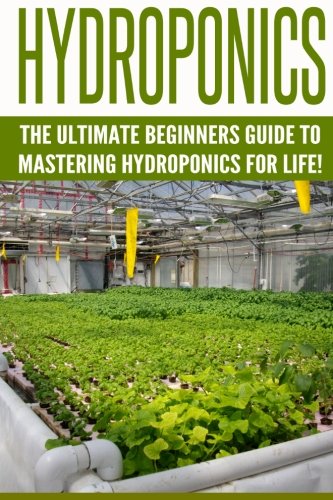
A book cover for Hydroponics: The Ultimate Beginners Guide to Mastering Hydroponics for Life! (Hydroponics, Aquaponics, Indoor Gardening, Raised Bed gardening, ... Beginners, Gardening Techniques, Hydroponic); Jonathon Cardone; Crafts, Hobbies & Home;